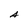
Character: A